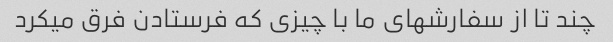
چند تا از سفارشهای ما با چیزی که فرستادن فرق میکرد